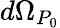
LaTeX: d\Omega_{P_{0}}